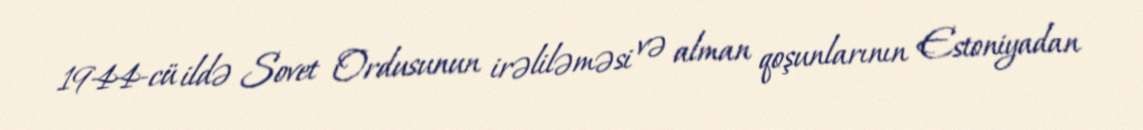
1944-cü ildə Sovet Ordusunun irəliləməsi və alman qoşunlarının Estoniyadan